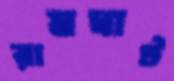
রামঘাট